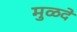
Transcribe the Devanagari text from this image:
मुळदे